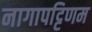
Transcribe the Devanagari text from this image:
नागापट्टिणम